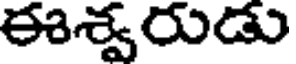
ఈశ్వరుడు